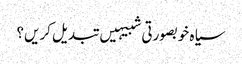
سیاہ خوبصورتی شبیہیں تبدیل کریں؟